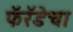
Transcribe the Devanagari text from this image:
फॅरॅडेचा